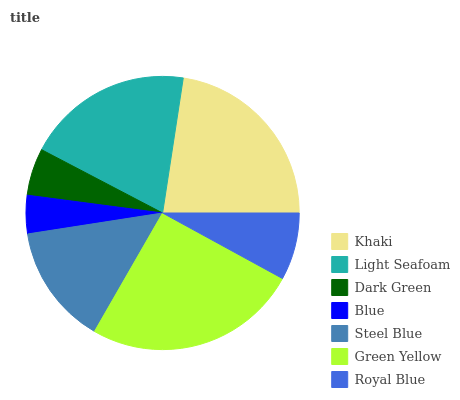
| Khaki | Light Seafoam | Dark Green | Blue | Steel Blue | Green Yellow | Royal Blue |
 | --- | --- | --- | --- | --- | --- | --- |
 | 22.6% | 19.7% | 5.59% | 4.54% | 14.2% | 25.3% | 7.96% |